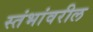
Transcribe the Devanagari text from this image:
स्तंभांवरील